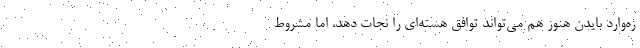
زه‌وارد بایدن هنوز هم می‌تواند توافق هسته‌ای را نجات دهد، اما مشروط